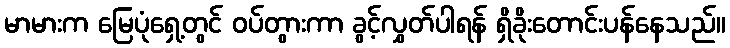
မာမားက မြေပုံရှေ့တွင် ဝပ်တွားကာ ခွင့်လွှတ်ပါရန် ရှိခိုးတောင်းပန်နေသည်။